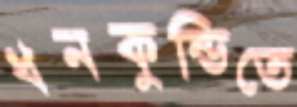
ধনকুন্ডিতে